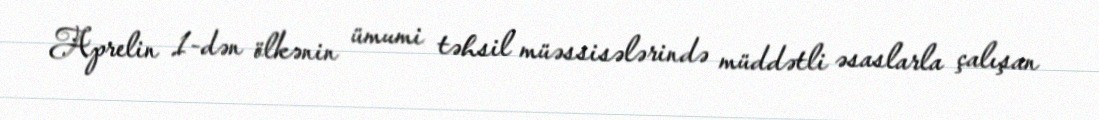
Aprelin 1-dən ölkənin ümumi təhsil müəssisələrində müddətli əsaslarla çalışan